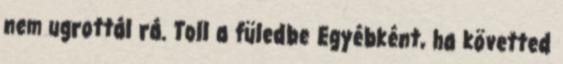
nem ugrottál rá. Toll a füledbe Egyébként, ha követted